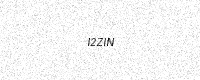
Text: I2ZIN